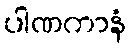
ပါဏကာနံ